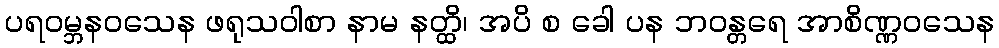
ပရဝမ္ဘနဝသေန ဖရုသဝါစာ နာမ နတ္ထိ၊ အပိ စ ခေါ ပန ဘဝန္တရေ အာစိဏ္ဏဝသေန